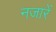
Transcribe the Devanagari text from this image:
नजारें